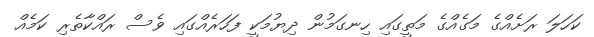
ކަހަލަ ރަށެއްގެ މަގެއްގެ މަތީގައި ހިނގަމުން ދިޔުމަކީ ފަހަރެއްގައި ވެސް ރައްކާތެރި ކަމެއް